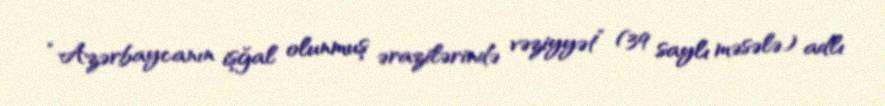
“Azərbaycanın işğal olunmuş ərazilərində vəziyyət” (39 saylı məsələ) adlı